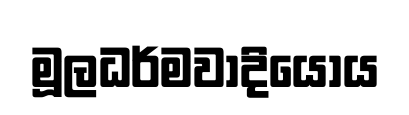
මූලධර්මවාදියෝය